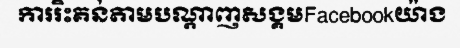
ការរិះគន់តាមបណ្តាញសង្គមFacebookយ៉ាង